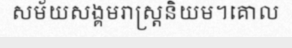
សម័យសង្គមរាស្ត្រនិយម។គោល